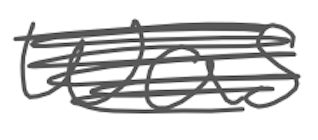
Text: was
Cross-out: scratch
Writing tool: digital_gray